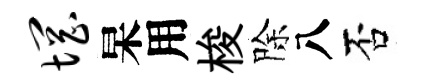
惘杲用梭除八否